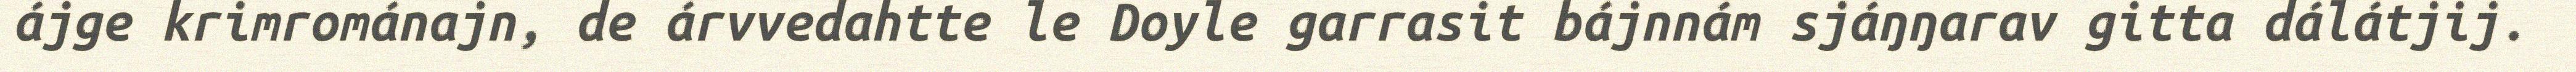
ájge krimrománajn, de árvvedahtte le Doyle garrasit bájnnám sjáŋŋarav gitta dálátjij.